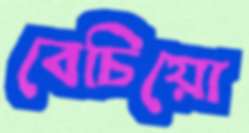
বেচিয়ো